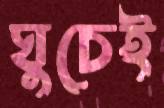
ঘুচেই